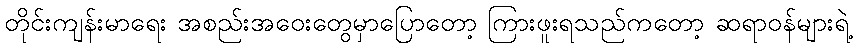
တိုင်းကျန်းမာရေး အစည်းအဝေးတွေမှာပြောတော့ ကြားဖူးရသည်ကတော့ ဆရာဝန်များရဲ့